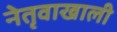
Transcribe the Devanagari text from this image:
नेतृवाखाली